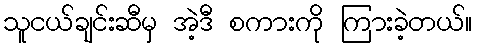
သူငယ်ချင်းဆီမှ အဲ့ဒီ စကားကို ကြားခဲ့တယ်။